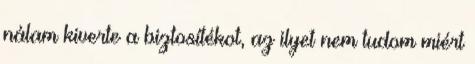
nálam kiverte a biztosítékot, az ilyet nem tudom miért